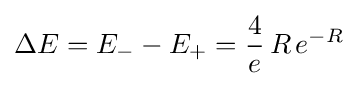
\Delta E=E_{-}-E_{+}={\frac {4}{e}}\,R\,e^{-R}